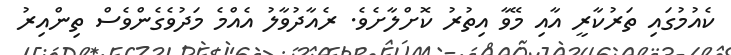
ކެއުމުގައި ތަރުކާރީ އާއި މޭވާ އިތުރު ކޮށްލާށެވެ. ރެއާދުވާލު އެއްމެ މަދުވެގެންވެސް ތިންއިރު